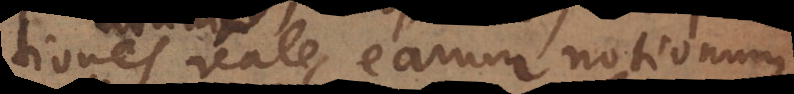
tiones reales earum notionum